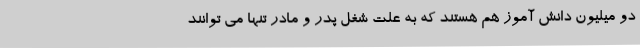
دو میلیون دانش آموز هم هستند که به علت شغل پدر و مادر تنها می توانند